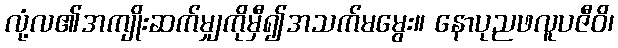
လုံ့လ၏အကျိုးဆက်မျှကိုမှီ၍အသက်မမွေး။ နောပုညဖလူပဇီဝိ၊